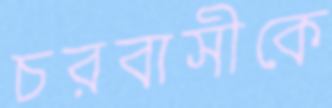
চরবাসীকে